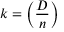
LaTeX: k = \left( { \frac { D } { n } } \right)